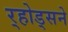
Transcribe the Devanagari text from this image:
र्‍होड्सने